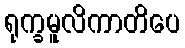
ရုက္ခမူလိကာတိပေ